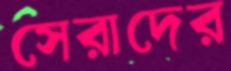
সেরাদের